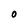
Character: O